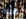
طبلة